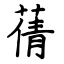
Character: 蒨